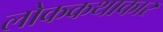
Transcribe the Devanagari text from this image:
लोककथाकार